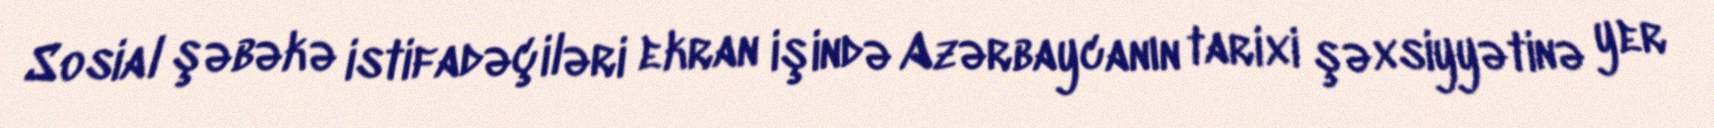
Sosial şəbəkə istifadəçiləri ekran işində Azərbaycanın tarixi şəxsiyyətinə yer